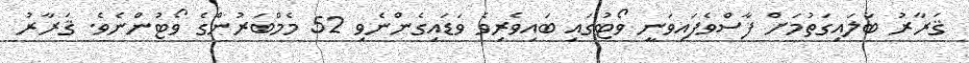
ޤަރާރު ބަލައިގަތުމަށް ފާސްވެފައިވަނީ ވޯޓުގައި ބައިވެރިވެ ވަޑައިގެންނެވި 52 މެމްބަރުންގެ ވޯޓުންނެވެ. ޤަރާރު